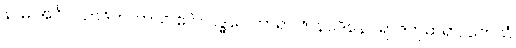
နာမ အင်္ဂပါသာဒိကတာယ ဧဝံ လဒ္ဓဝေါဟာရာ ဇာနပဒိနော ရာဇကုမာရာ, တေသံ